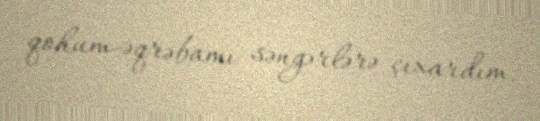
qohum-əqrəbamı səngərlərə çıxardım.